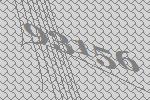
93156